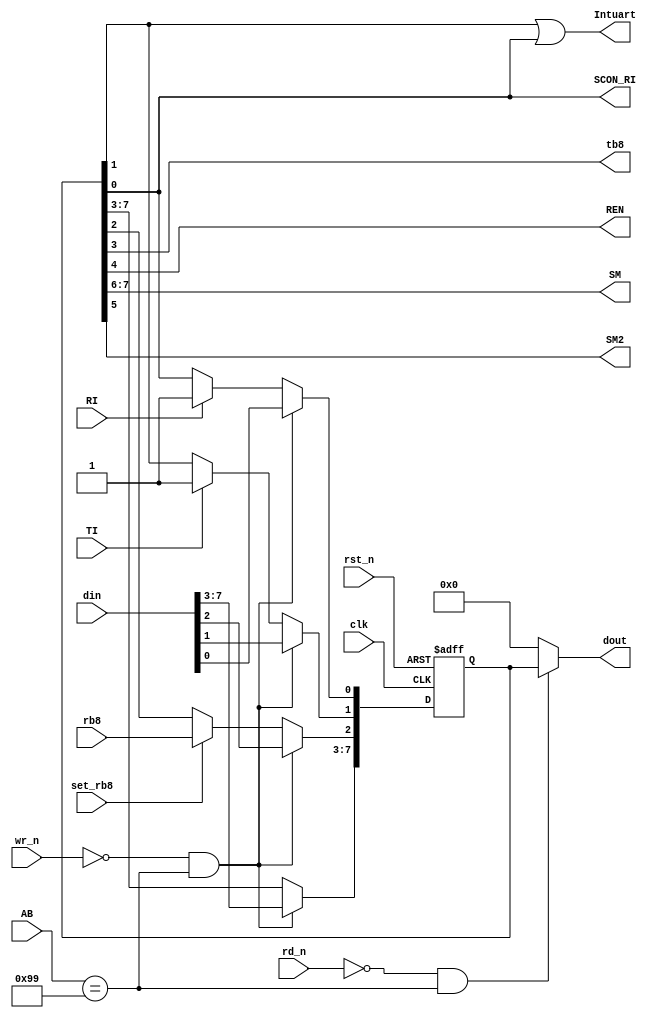
module control(
    input wire              rst_n,
    input wire              clk,
    input wire  [7:0]       din,
    input wire  [7:0]       AB,
    input wire              set_rb8,
    input wire              rb8,
    input wire              rd_n,
    input wire              wr_n,
    input wire              TI,
    input wire              RI,
                        
    output wire             tb8,
    output wire             REN,
    output wire [7:0]       dout,
    output wire [1:0]       SM,
    output wire             SM2,                   
    output wire             SCON_RI,
    output wire             Intuart
    );
    
    reg [7:0]               SCON;
    
    wire                    SCON_select;
    

    always @(posedge clk or negedge rst_n)
        if(!rst_n)
            SCON <= 8'b0;
        else if(!wr_n && SCON_select)
            SCON <= din;
        else begin
            if(TI) SCON[1] <= 1'b1;      //TiSCONTi 
            if(RI) SCON[0] <= 1'b1;
            if(set_rb8) SCON[2] <= rb8;
        end
    
    assign  SCON_select = (AB == 8'h99);
    
    assign  dout = (!rd_n && SCON_select) ? SCON : 8'b0;
    
    assign  SM = SCON[7:6];
    assign  SM2 = SCON[5];
    assign  REN = SCON[4];
    assign  tb8 = SCON[3];
    assign  Intuart = SCON[1] || SCON[0];
    assign  SCON_RI = SCON[0];
    
            
endmodule